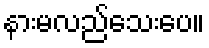
နားမလည်သေးပေ။